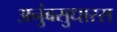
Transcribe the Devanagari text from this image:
अनुंबसुधारस